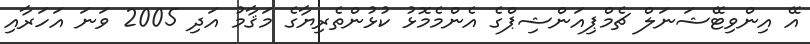
އޭ އިންވިޓޭޝަނަލް ޗެމްޕިއަންޝިޕްގެ އެންމެމޮޅު ކުޅުންތެރިޔާގެ މަޤާމު އަދި 2005 ވަނަ އަހަރާއި